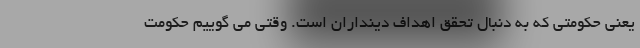
یعنی حکومتی که به دنبال تحقق اهداف دینداران است. وقتی می گوییم حکومت